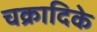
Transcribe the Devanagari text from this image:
चक्रादिके